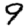
Digit: 9